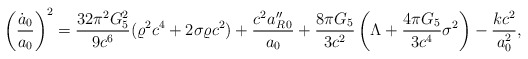
\begin{align*}\left({\dot{a}_0\over a_0}\right)^2={{32\pi^2 G^2_5}\over{9c^6}}(\varrho^2c^4+2\sigma\varrho c^2)+{{c^2a^{\prime\prime}_{R\,0}}\over{a_0}}+{{8\pi G_5}\over{3c^2}}\left(\Lambda+{{4\pi G_5}\over{3c^4}}\sigma^2\right)-{{kc^2}\over a^2_0},\end{align*}